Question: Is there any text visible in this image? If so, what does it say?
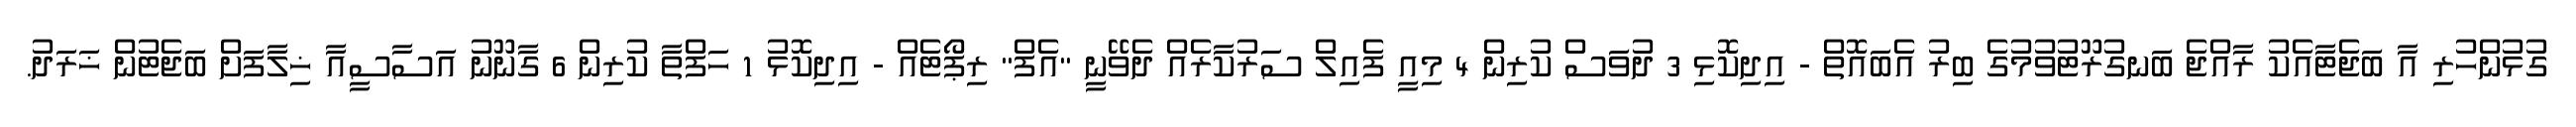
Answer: ގުޅުންހުރި އާ ބަޖެޓާއެކު ރާއްޖެ ބަނގުރޫޓުވުމުގެ ބިރު އެބައޮތް - އިދިކޮޅި 3 ދުވަސް ކުރިން 4 މިއީ ފެއިލް ސަރުކާރެއް ދެވޭނީ "އެފް" ރިޕޯޓެއް - އިދިކޮޅު 1 ހަފްތާ ކުރިން 6 ގާނޫނު އަސާސީއާ ޚިލާފަށް ބަޖެޓުން ޚަރަދު.